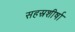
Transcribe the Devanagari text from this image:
सहस्रशीर्षा